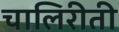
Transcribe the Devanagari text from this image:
चालिरीती